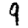
Digit: 9